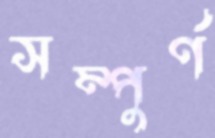
সম্পুর্ণ